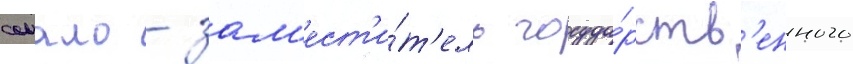
сомало - зам'ест'и́т'ель госуда́рств'енного